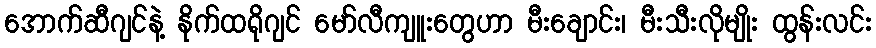
အောက်ဆီဂျင်နဲ့ နိုက်ထရိုဂျင် မော်လီကျူးတွေဟာ မီးချောင်း၊ မီးသီးလိုမျိုး ထွန်းလင်း